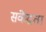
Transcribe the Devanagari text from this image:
संकेंद्रता